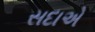
સદાએ